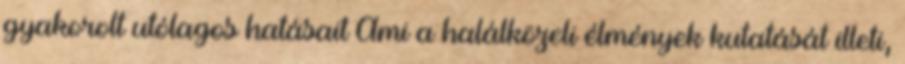
gyakorolt utólagos hatásait Ami a halálközeli élmények kutatását illeti,